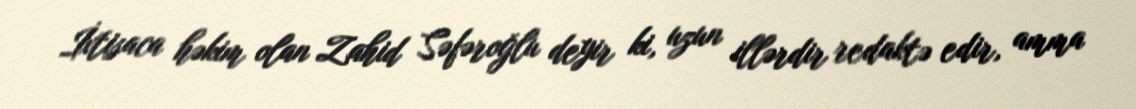
İxtisaca həkim olan Zahid Səfəroğlu deyir ki, uzun illərdir redaktə edir, amma